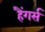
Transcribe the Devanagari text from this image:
हैंगर्स